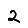
Digit: 2